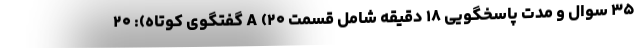
۳۵ سوال و مدت پاسخگویی ۱۸ دقیقه شامل قسمت A (۲۰ گفتگوی کوتاه): ۲۰